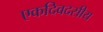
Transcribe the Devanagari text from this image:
एकदिवदसीय